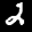
Label: 2